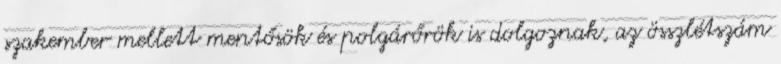
szakember mellett mentősök és polgárőrök is dolgoznak, az összlétszám